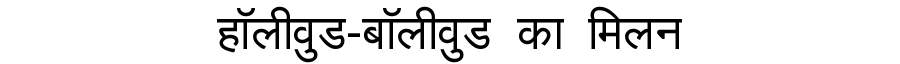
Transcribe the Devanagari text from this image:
हॉलीवुड-बॉलीवुड का मिलन